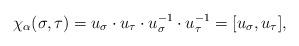
LaTeX: \begin{align*}\chi_{\alpha}(\sigma,\tau)=u_{\sigma}\cdot u_{\tau}\cdot u_{\sigma}^{-1}\cdot u_{\tau}^{-1}=[u_{\sigma}, u_{\tau}],\end{align*}